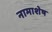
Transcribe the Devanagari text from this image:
नामाशेष